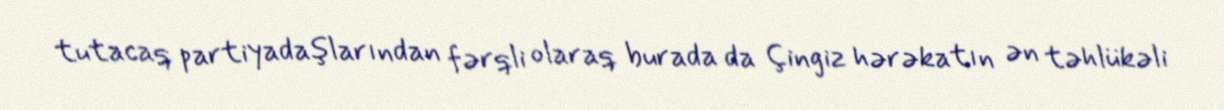
tutacaq partiyadaşlarından fərqli olaraq burada da Çingiz hərəkatın ən təhlükəli